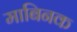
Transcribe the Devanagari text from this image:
माबिनक